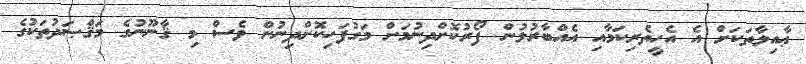
ޢާއިލާތަކަށް އެ އެހީތެރިކަމާއި އެއްބާރުލުން ފޯރުކޮށްދިނުމަށް މަގުފަހިކޮށްދިނުން ވެސް މި ޤާނޫނުގެ މަޤްޞަދުތަކުގެ